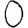
Digit: 0